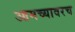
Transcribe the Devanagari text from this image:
आमच्यावरच